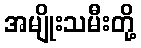
အမျိုးသမီးတို့